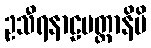
ဥသီရနာဠမတ္တာနိပိ